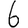
Digit: 6